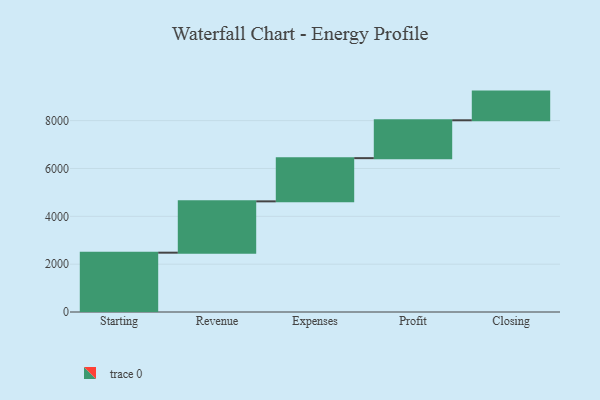
{"axis": {"x": "Step", "y": "Value"}, "legend": [""], "data": [{"x": "Starting", "y": 2480.0, "type": ""}, {"x": "Revenue", "y": 2146.0, "type": ""}, {"x": "Expenses", "y": 1806.0, "type": ""}, {"x": "Profit", "y": 1583.0, "type": ""}, {"x": "Closing", "y": 1199.0, "type": ""}]}